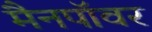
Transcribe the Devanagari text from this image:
मैनपॉवर